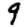
Digit: 9